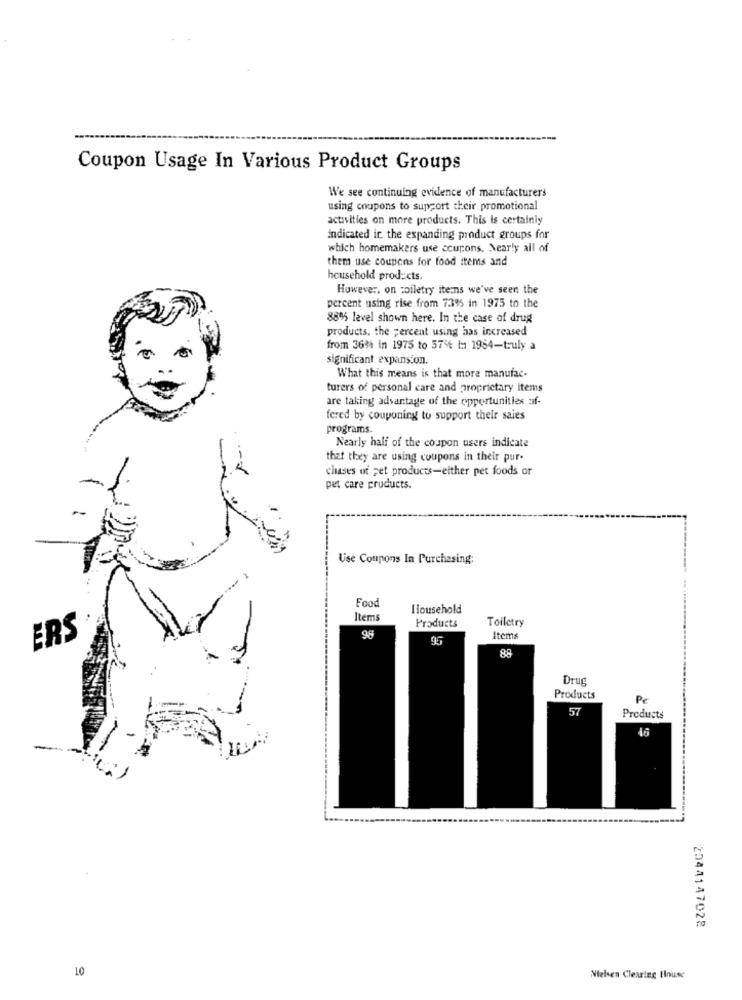
Coupon Usage In Various Product Groups
We see continuing evidence of manufacturers
using coupons to support their promotional
activities on more products. This is certainly
indicated ir the expanding product groups for
which homemakers use courons. Nearly all of
them use coupons for food items and
household products.
However, on toiletry itens we've seen the
percent using rise from 739% in 1975 to the
880% level shown here. In the case of drug
products, the percent using has increased
from 36% in 1975 to 57%t t:1 1964-truly a
significant expansion.
What this means is that more manufac-
turers of personal care and proprietary items
are taking advantage of the opportunities af-
fered by couponing to support their sales
programs.
Nearly half of the coupon users indicate
that they are using coupons in their pur-
clases of pet products-either pet foods or
pet care products.
Use Coupons In Purchasing:
Food
Household
Items
Products
Toiletry
ERS
98
Items
88
Drug
Products
Pe
57
Products
2044147028
10
Nielsen Clearing tlouse